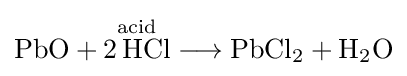
{\mathrm {PbO} {}+{}{\overset {\mathrm {acid} }{2\,\mathrm {HCl} }}{}\mathrel {\longrightarrow } {}\mathrm {PbCl} {\vphantom {A}}_{\smash[{t}]{2}}{}+{}\mathrm {H} {\vphantom {A}}_{\smash[{t}]{2}}\mathrm {O} }